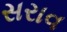
સરાવ